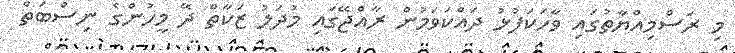
މި ރަސްމިއްޔާތުގައި ވާހަކަފުޅު ދައްކަވަމުން ރާއްޖޭގައި މުދަލު ޒަކާތް ދޭ މީހުންގެ ނިސްބަތް